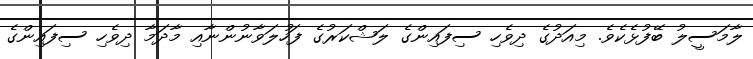
ލާމަސީލު ބޭފުޅެކެވެ. މިއަދުގެ ދިވެހި ސިފައިންގެ ލަޝްކަރުގެ ފަހުލަވާނުންނާއި މާދަމާ ދިވެހި ސިފައިންގެ